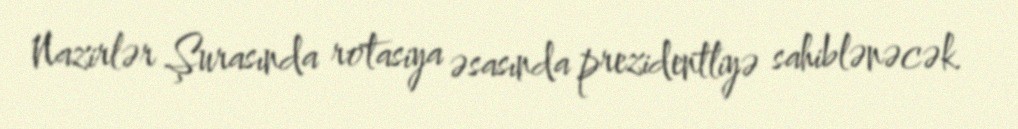
Nazirlər Şurasında rotasiya əsasında prezidentliyə sahiblənəcək.